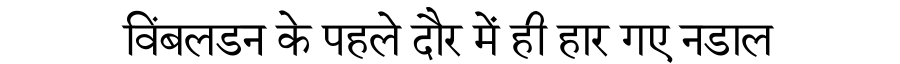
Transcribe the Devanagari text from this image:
विंबलडन के पहले दौर में ही हार गए नडाल